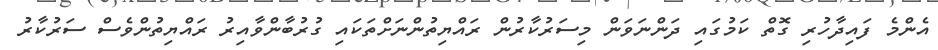
އެންމެ ފައިދާހުރި ގޮތް ކަމުގައި ދަންނަވަން މިސަރުކާރުން ރައްޔިތުންނަށްތަކައި ގުރުބާންވާއިރު ރައްޔިތުންވެސް ސަރުކާރު